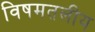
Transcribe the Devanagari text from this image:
विषमतलीय